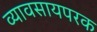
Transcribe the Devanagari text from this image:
व्यावसायपरक